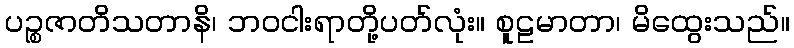
ပဉ္စဇာတိသတာနိ၊ ဘဝငါးရာတို့ပတ်လုံး။ စူဠမာတာ၊ မိထွေးသည်။